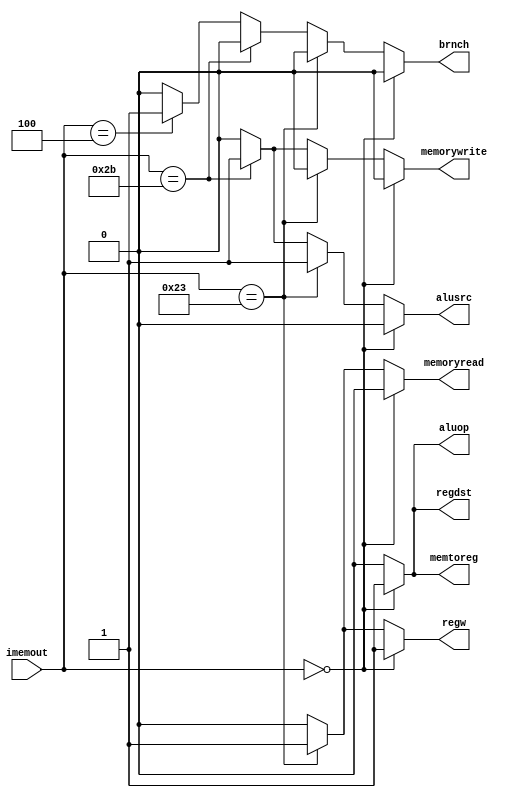
module controlunit(input [5:0] imemout,output brnch,output memorywrite,output memoryread,output alusrc,output regw,output regdst,output aluop,output memtoreg);
reg brnch,memorywrite,memoryread,aluop;
reg memtoreg,alusrc,regw,regdst;

always @ ( imemout )
begin
	if(imemout[5:0] == 6'b000000)
	begin
		brnch = 1'b0;
		memorywrite = 1'b0;
		memoryread = 1'b0;
		alusrc = 1'b0;
		regw = 1'b1;
		regdst = 1'b1;
		aluop = 1'b1;
		memtoreg = 1'b1;
	end
	else
	if(imemout[5:0] == 6'b100011)
	begin
		brnch = 1'b0;
		memorywrite = 1'b0;
		memoryread = 1'b1;
		alusrc = 1'b1;
		regw = 1'b1;
		regdst = 1'b0;
		aluop = 1'b0;
		memtoreg = 1'b0;
	end
	else
	if(imemout[5:0] == 6'b101011)
	begin
		brnch = 1'b0;
		memorywrite = 1'b1;
		memoryread = 1'b0;
		alusrc = 1'b1;
		regw = 1'b0;
		regdst = 1'b0;
		aluop = 1'b0;
		memtoreg = 1'b0;
	end
	else
	if(imemout[5:0] == 6'b000100)
	begin
		brnch = 1'b1;
		memorywrite = 1'b0;
		memoryread = 1'b0;
		alusrc = 1'b0;
		regw = 1'b0;
		regdst = 1'b0;
		aluop = 1'b0;
		memtoreg = 1'b0;
	end
	else
	begin
		brnch = 1'b0;
		memorywrite = 1'b0;
		memoryread = 1'b0;
		alusrc = 1'b0;
		regw = 1'b0;
		regdst = 1'b0;
		aluop = 1'b0;
		memtoreg = 1'b0;
	end
end

endmodule